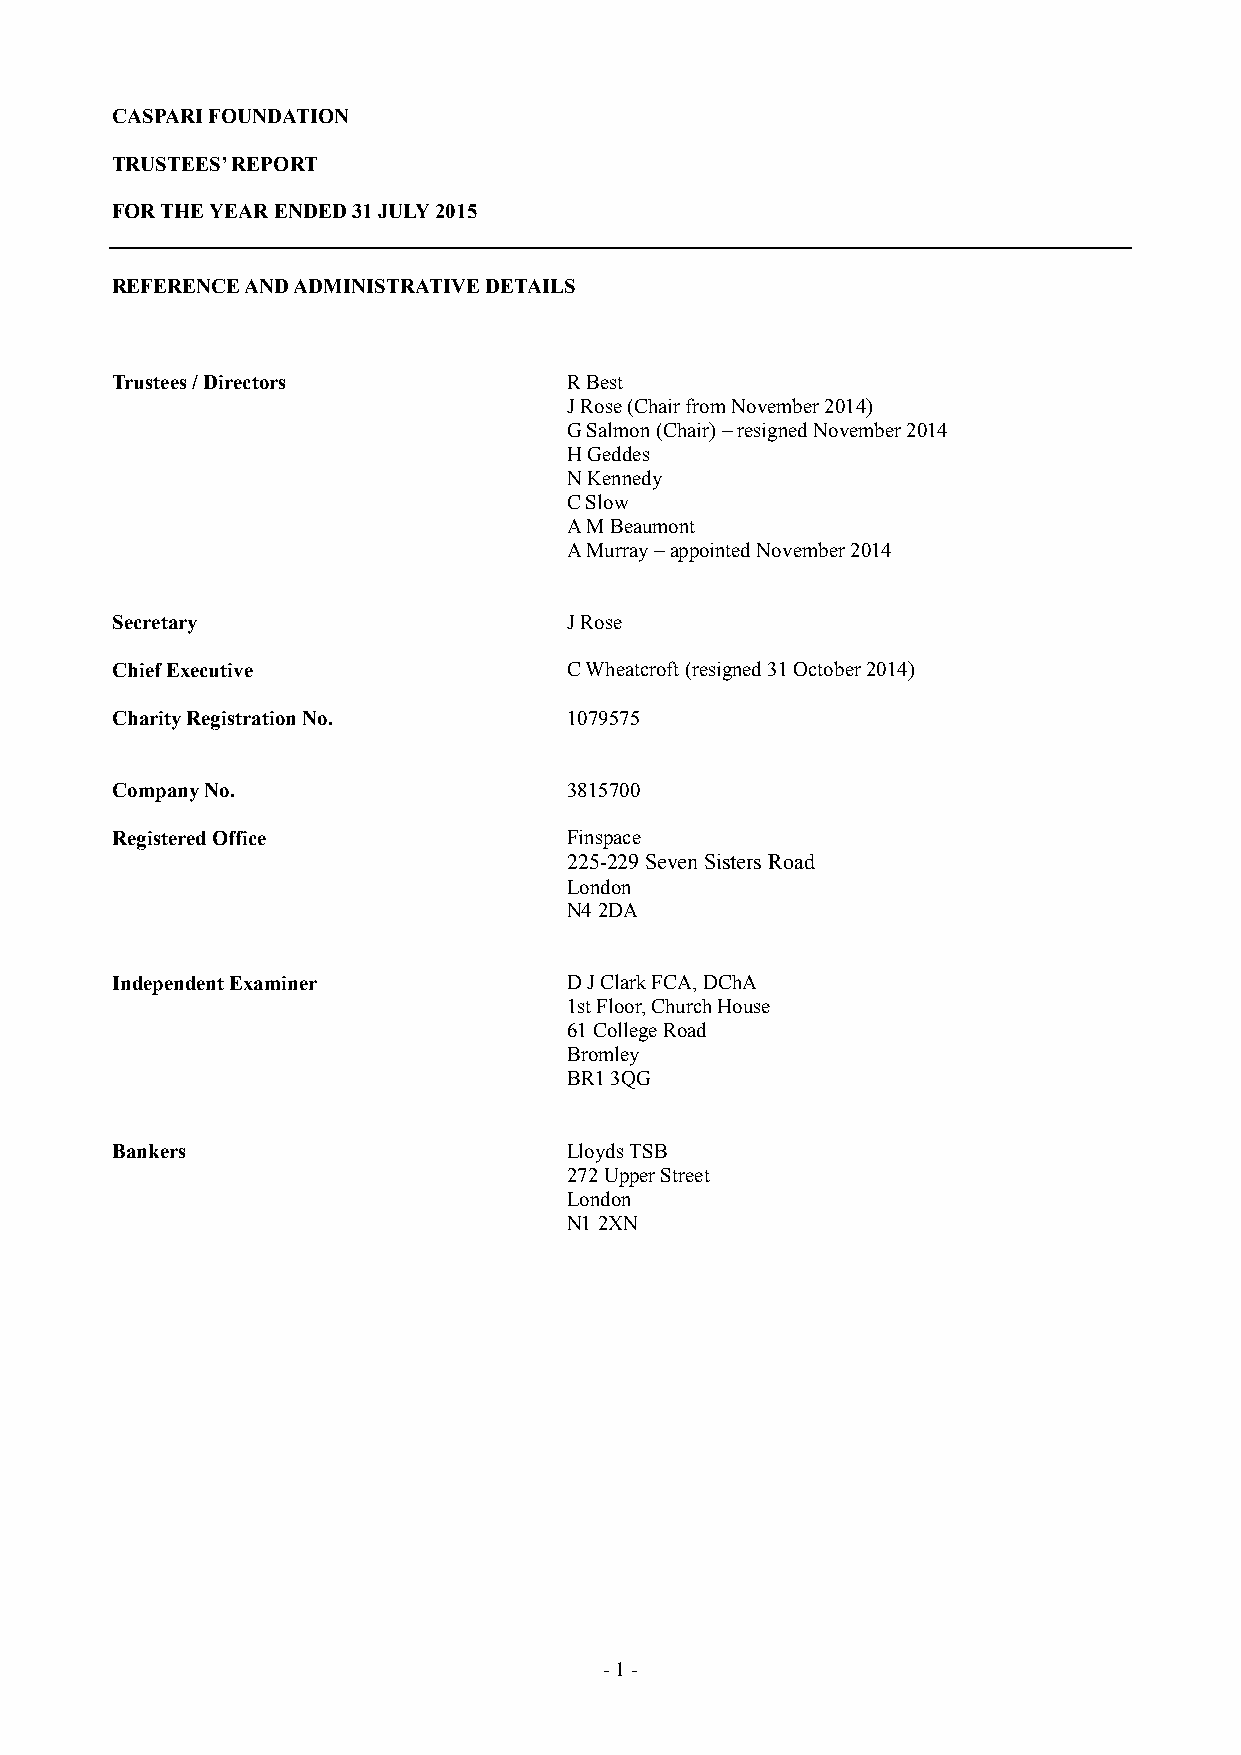
CASPARI FOUNDATION
 TRUSTEES’ REPORT
 FOR THE YEAR ENDED 31 JULY 2015
 REFERENCE AND ADMINISTRATIVE DETAILS
 Trustees / Directors           R Best
 J Rose (Chair from November 2014)
 G Salmon (Chair) – resigned November 2014
 H Geddes
 N Kennedy
 C Slow
 A M Beaumont
 A Murray – appointed November 2014
 Secretary                      J Rose
 Chief Executive                C Wheatcroft (resigned 31 October 2014)
 Charity Registration No.       1079575
 Company No.                    3815700
 Registered Office              Finspace
 225-229 Seven Sisters Road
 London
 N4 2DA
 Independent Examiner           D J Clark FCA, DChA
 1st Floor, Church House
 61 College Road
 Bromley
 BR1 3QG
 Bankers                        Lloyds TSB
 272 Upper Street
 London
 N1 2XN
 - 1 -